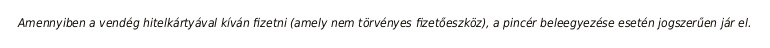
Amennyiben a vendég hitelkártyával kíván fizetni (amely nem törvényes fizetőeszköz), a pincér beleegyezése esetén jogszerűen jár el.